Problem: 5 × 4 = ?
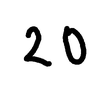
Handwritten answer: 20